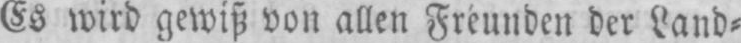
Es wird gewiß von allen Freunden der Land⸗